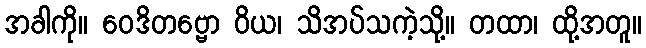
အခါကို။ ဝေဒိတဗ္ဗော ဝိယ၊ သိအပ်သကဲ့သို့။ တထာ၊ ထို့အတူ။